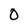
Character: 0